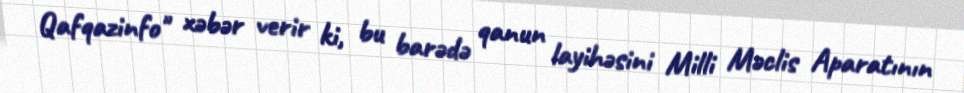
Qafqazinfo" xəbər verir ki, bu barədə qanun layihəsini Milli Məclis Aparatının